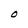
Character: O